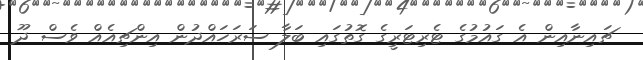
ޗައިނާއިން އެ ގައުމުގެ ޓެރިޓަރީގެ ގޮތުގައި ބަލާ ސަރަހައްދުން އިންޗިއެއް ވެސް ދޫ